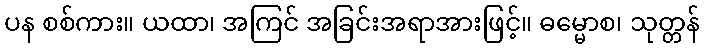
ပန စစ်ကား။ ယထာ၊ အကြင် အခြင်းအရာအားဖြင့်။ ဓမ္မောစ၊ သုတ္တန်